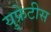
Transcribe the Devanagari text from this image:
युफ्रेटीस